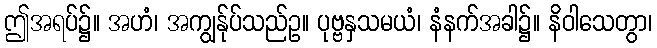
ဤအရပ်၌။ အဟံ၊ အကျွန်ုပ်သည်ဥ။ ပုဗ္ဗနှသမယံ၊ နံနက်အခါ၌။ နိဝါသေတွာ၊